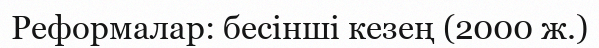
Реформалар: бесiншi кезең (2000 ж.)